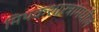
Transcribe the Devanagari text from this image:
मिथकशास्त्रांमधील